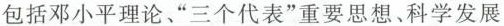
包括邓小平理论、”三个代表”重要思想、科学发展